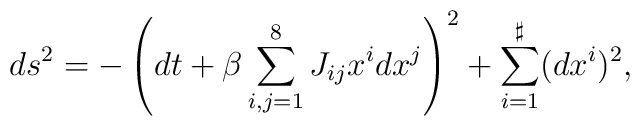
ds^2 = - \left( dt + \beta \sum_{i,j=1}^{8} J_{ij} x^i dx^j \right)^2+ \sum_{i=1}^\sharp (dx^i)^2,